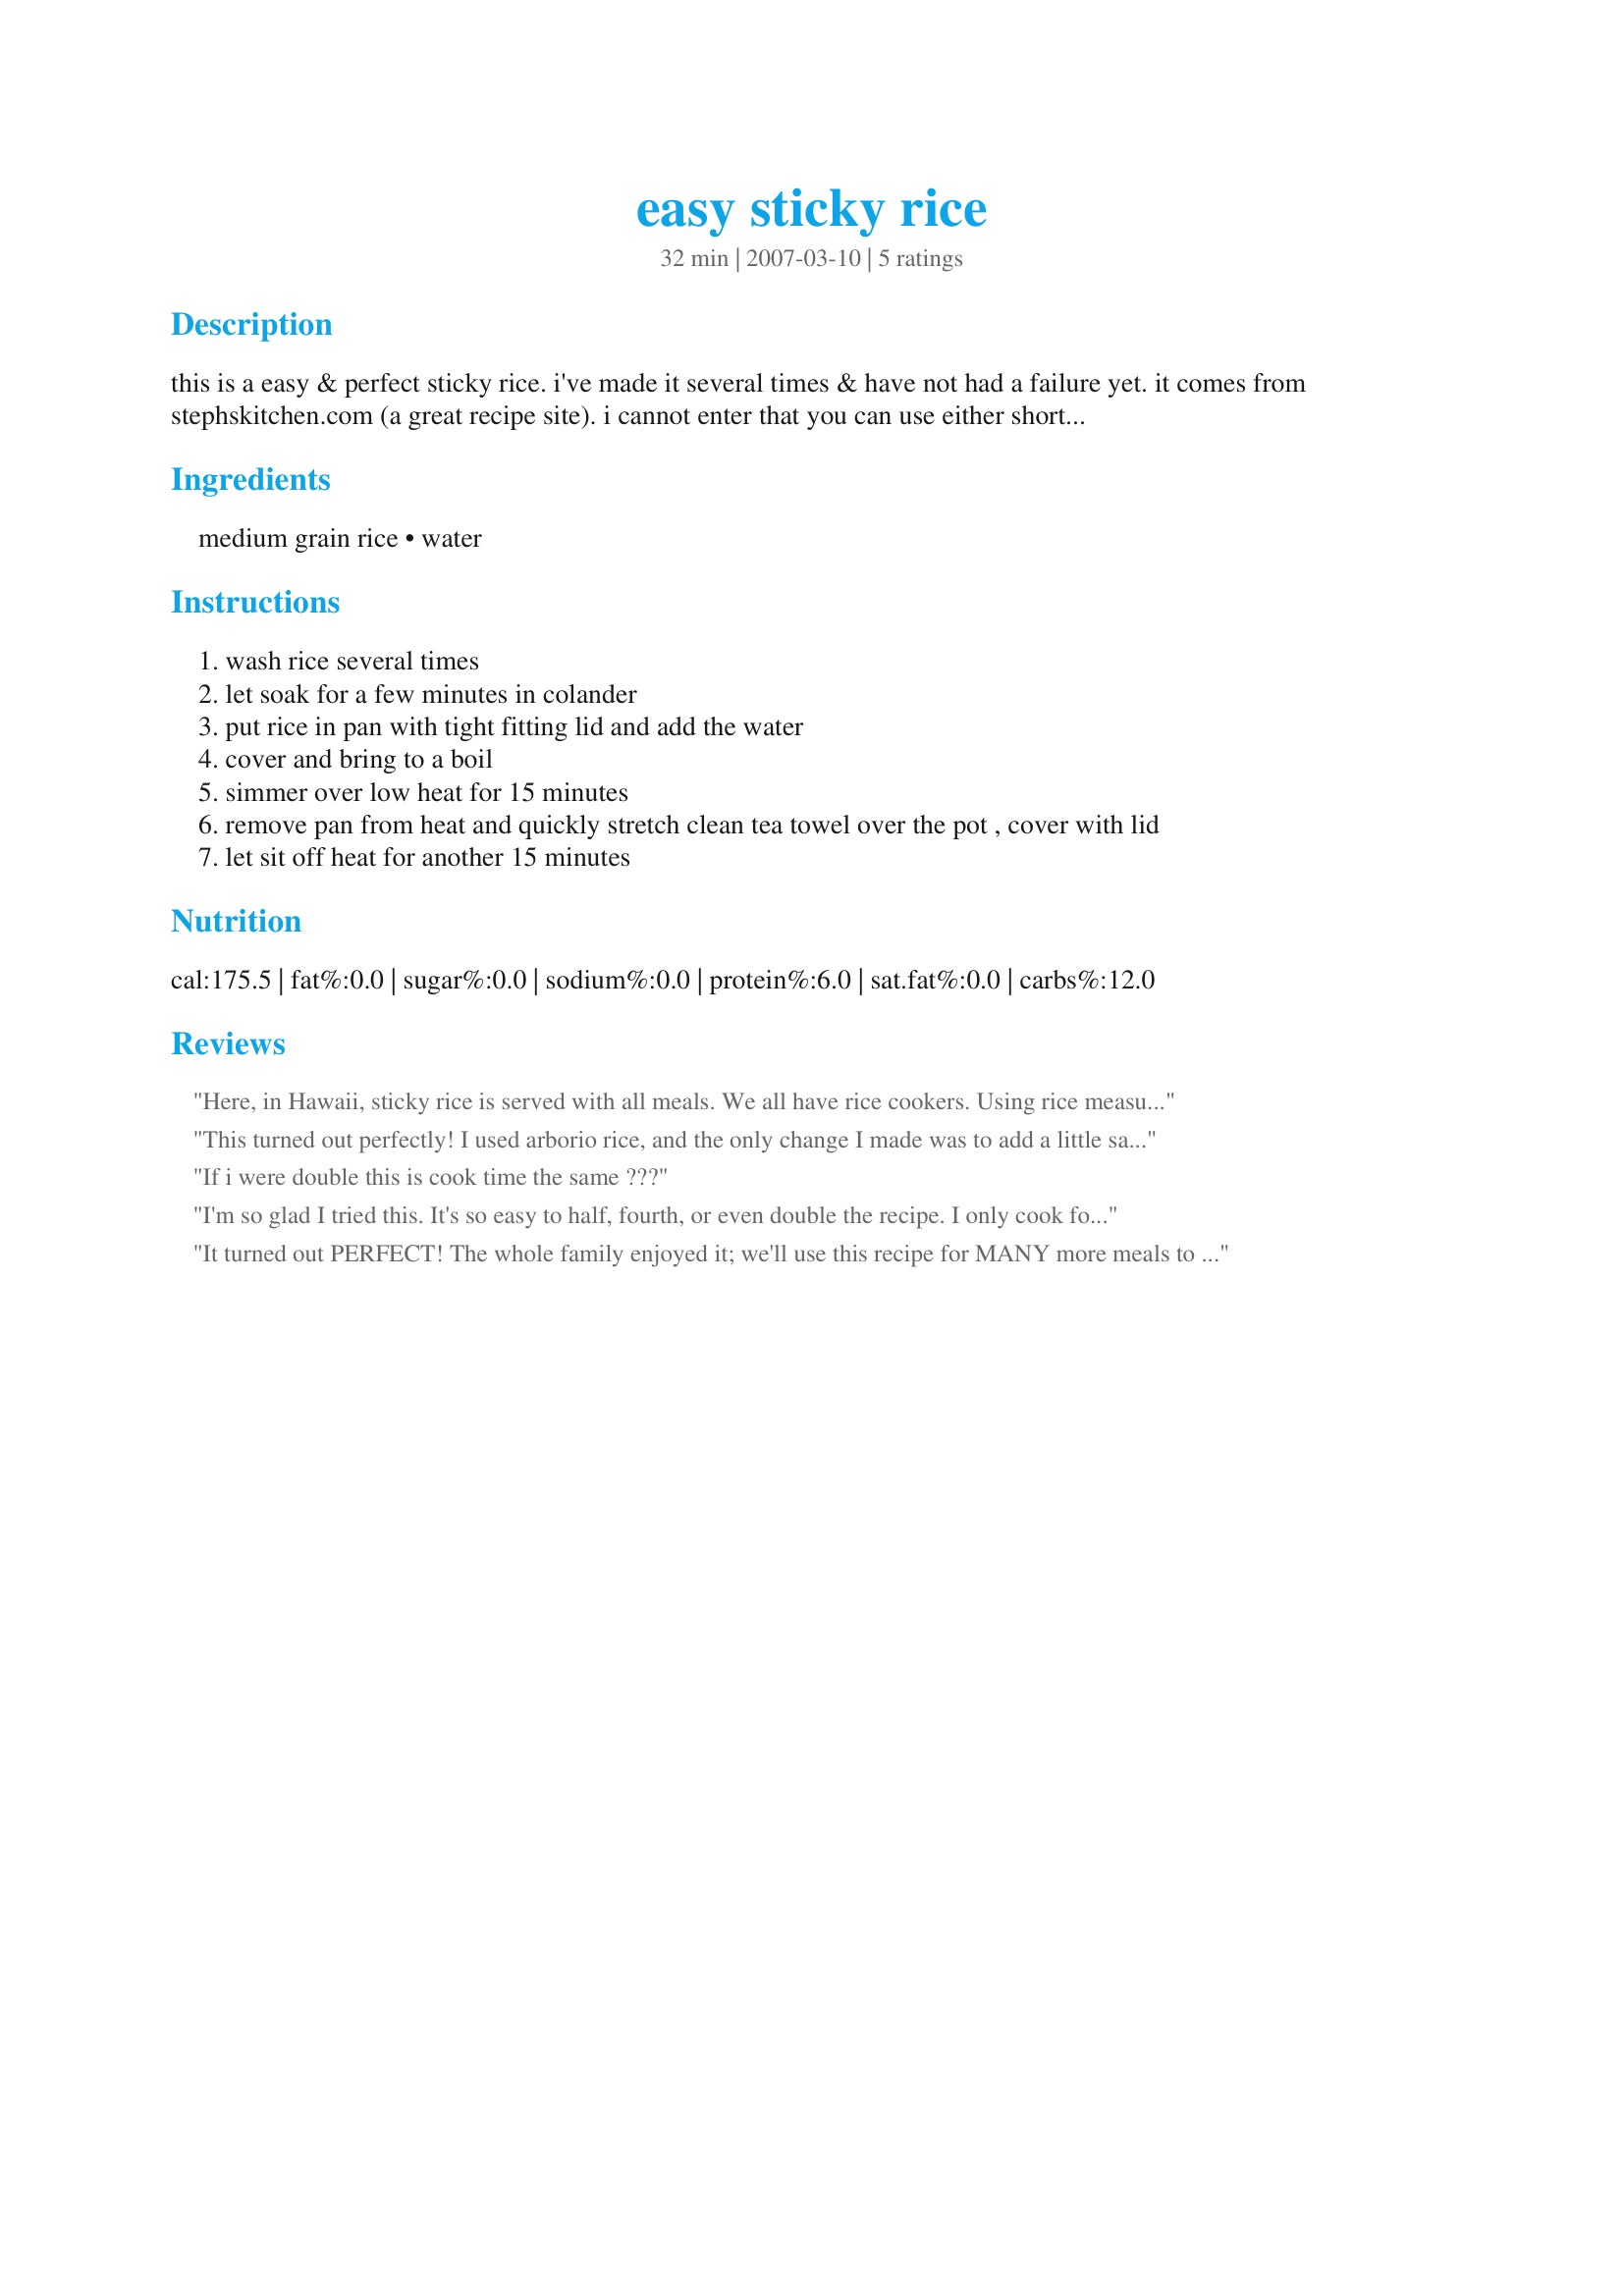
easy sticky rice
Preparation time: 32 minutes

this is a easy & perfect sticky rice. i've made it several times & have not had a failure yet. it comes from stephskitchen.com (a great recipe site). i cannot enter that you can use either short or medium grain rice, either one is okay. do not use long grain.

Ingredients:
medium grain rice, water

Steps:
wash rice several times
let soak for a few minutes in colander
put rice in pan with tight fitting lid and add the water
cover and bring to a boil
simmer over low heat for 15 minutes
remove pan from heat and quickly stretch clean tea towel over the pot , cover with lid
let sit off heat for another 15 minutes

Reviews:
Here, in Hawaii, sticky rice is served with all meals. We all have rice cookers. Using rice measuring cup, or 2/3 C, measure rice and put in pot. Cover with water and let set for 20 mins. Rinse well X 3. Using same measurement cup, add equal amounts water and then top with about 1/4 C more water. Put pot into rice cooker and steam until done. Always use medium grain rice. For a normal family serving use about 3 C rice and 3 1/4 C water. The only topping used, if any, is nori (dried seaweed mix).
This turned out perfectly! I used arborio rice, and the only change I made was to add a little salt during the first 15 min of cooking time. Will definitely use this again! Thanks for posting :)
If i were double this is cook time the same ???
I'm so glad I tried this. It's so easy to half, fourth, or even double the recipe. I only cook for myself so I use 1/4 cup rice, but only simmer it for 10 minutes and the same for letting it sit with the towel. It comes out AWESOME; and I didn't have to add anything. Thank you so much
It turned out PERFECT! The whole family enjoyed it; we'll use this recipe for MANY more meals to come!:)
